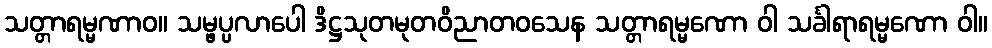
သတ္တာရမ္မဏာဝ။ သမ္ဖပ္ပလာပေါ ဒိဋ္ဌသုတမုတဝိညာတဝသေန သတ္တာရမ္မဏော ဝါ သင်္ခါရာရမ္မဏော ဝါ။